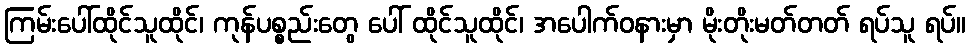
ကြမ်းပေါ်ထိုင်သူထိုင်၊ ကုန်ပစ္စည်းတွေ ပေါ် ထိုင်သူထိုင်၊ အပေါက်ဝနားမှာ မိုးတိုးမတ်တတ် ရပ်သူ ရပ်။